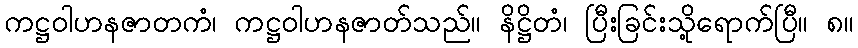
ကဋ္ဌဝါဟနဇာတကံ၊ ကဋ္ဌဝါဟနဇာတ်သည်။ နိဋ္ဌိတံ၊ ပြီးခြင်းသို့ရောက်ပြီ။ ၈။